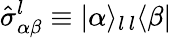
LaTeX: \hat{\sigma}_{\alpha\beta}^{l}\equiv|\alpha\rangle_{l\, l}\langle\beta|